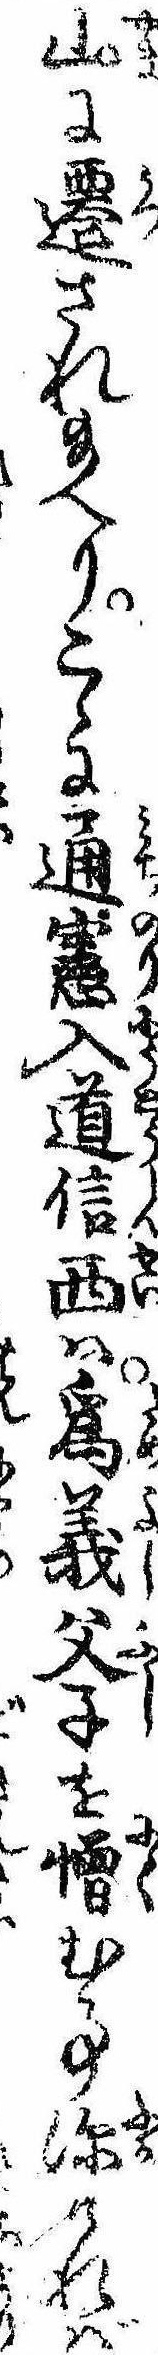
山に遷され給へりこゝに通憲入道信西は為義父子を憎む事深ければ